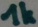
Text: 1k